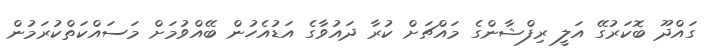
ގައްދޫ ބޮކަރުގޭ އަލީ ރިފްޝާންގެ މައްޗަށް ކުރާ ދައުވާގެ އަޑުއެހުން ބޭއްވުމަށް މަސައްކަތްކުރަމުން